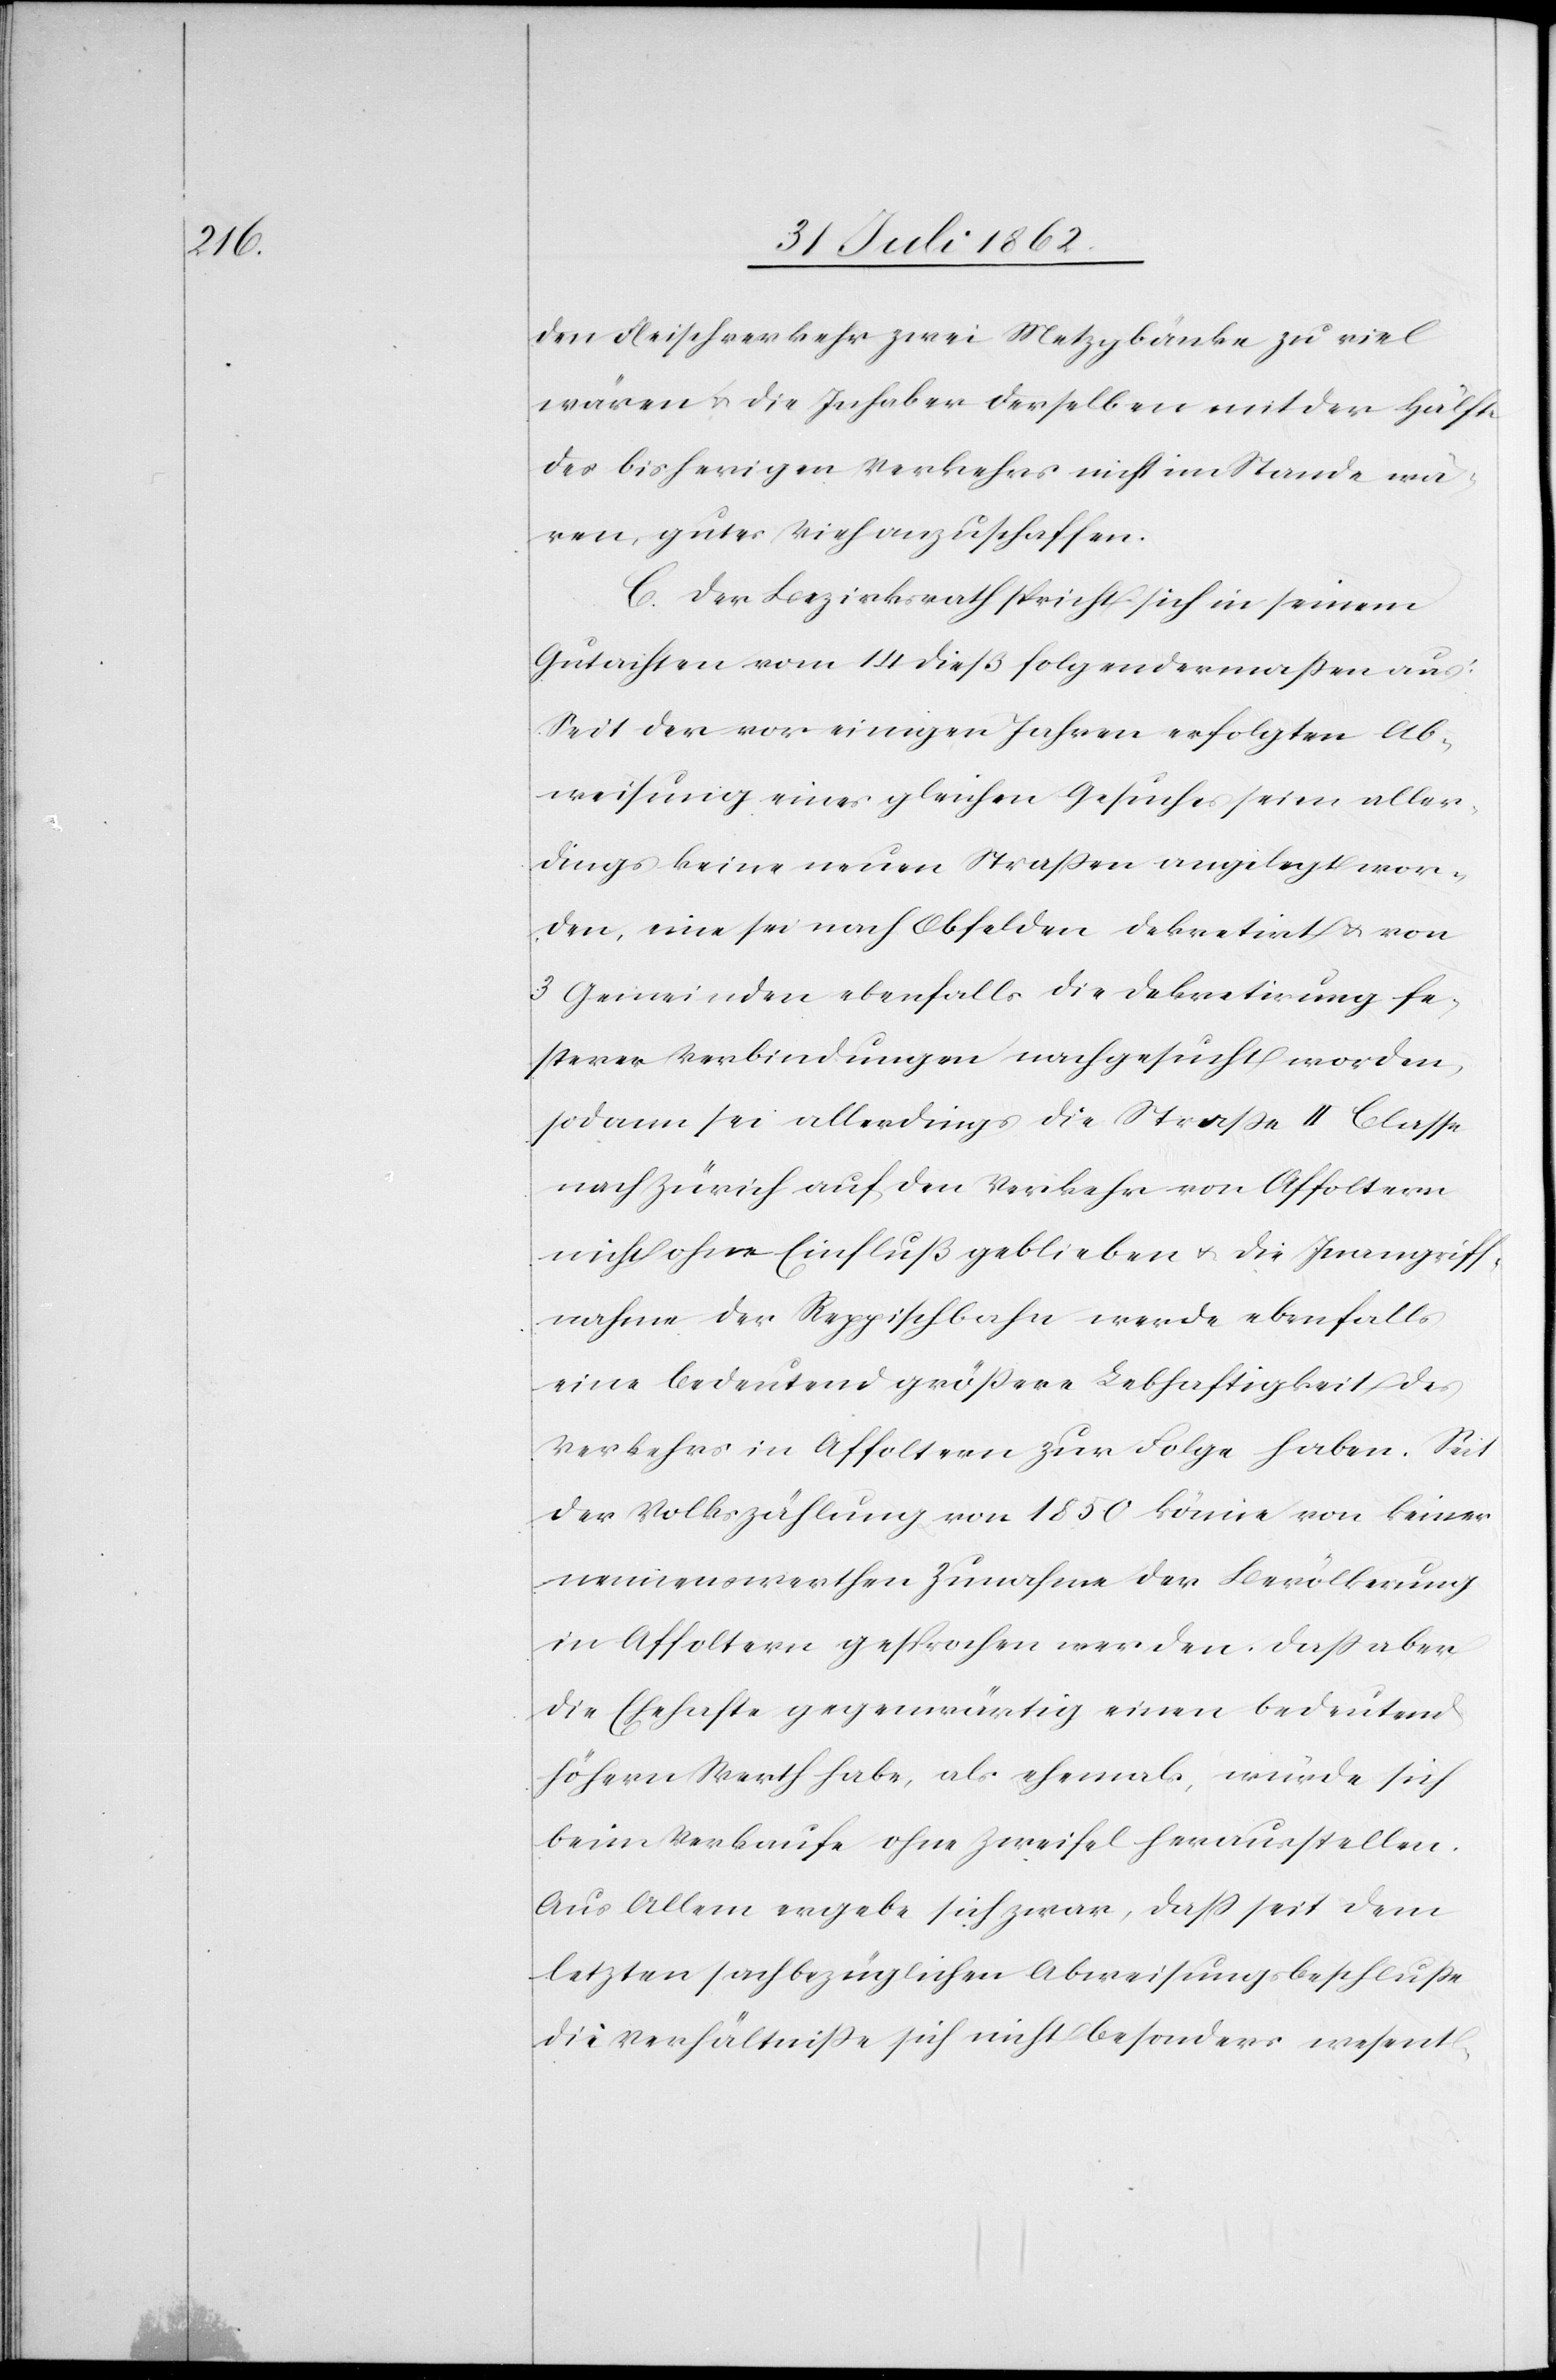
den Fleischverkehr zwei Metzgbänke zu viel
wären, u. die Inhaber derselben mit der Hälfte
des bisherigen Verkehrs nicht im Stande wä¬
ren, gutes Vieh anzuschaffen.
C. Der Bezirksrath spricht sich in seinem
Gutachten vom 14. dieß folgendermaßen aus:
Seit der vor einigen Jahren erfolgten Ab¬
weisung eines gleichen Gesuches seien aller¬
dings keine neuen Straßen angelegt wor¬
den, eine sei nach Obfelden dekretirt u. von
3 Gemeinden ebenfalls die Dekretirung fe¬
sterer Verbindungen nachgesucht worden,
sodann sei allerdings die Straße II. Classe
nach Zürich auf den Verkehr von Affoltern
nicht ohne Einfluß geblieben u. die Inangriff¬
nahme der Reppischbahn werde ebenfalls
eine bedeutend größere Lebhaftigkeit des
Verkehrs in Affoltern zur Folge haben. Seit
der Volkszählung von 1850 könne von keiner
nennenswerthen Zunahme der Bevölkerung
in Affoltern gesprochen werden. Daß aber
die Ehehafte gegenwärtig einen bedeutend
höhern Werth habe, als ehemals, würde sich
beim Verkaufe ohne Zweifel herausstellen.
Aus Allem ergebe sich zwar, daß seit dem
letzten sachbezüglichen Abweisungsbeschlusse
die Verhältniße sich nicht besonders wesent-